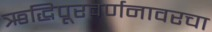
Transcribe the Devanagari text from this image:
ऋद्धिपूरवर्णनावरचा